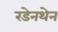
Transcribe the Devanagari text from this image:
रडेनथेन